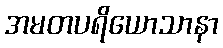
အမတပရိယောသာနာ